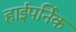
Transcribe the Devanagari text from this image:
हाईपर्निक